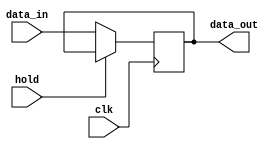
module hold_condition (
    input wire clk,          // Clock signal
    input wire hold,         // Hold control signal
    input wire [7:0] data_in, // Data input signal (8-bit wide for example)
    output reg [7:0] data_out // Data output signal
);
    
    // Internal state to hold the last valid output
    reg [7:0] held_value; 

    // Always block sensitive to the clock edge
    always @(posedge clk) begin
        if (hold) begin
            // When hold is asserted, retain the last output value
            // No need to update data_out, it maintains its previous value.
            // Alternatively, we can store the last output in held_value 
            held_value <= data_out; // Update held_value to current output
        end else begin
            // When hold is deasserted, update the output with data_in
            data_out <= data_in; 
        end
    end

    // Initialize data_out on reset or whenever the module starts
    initial begin
        data_out = 8'b0; // Initialize output to zero
        held_value = 8'b0; // Initialize held value to zero
    end

endmodule